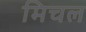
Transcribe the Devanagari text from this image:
मिचल